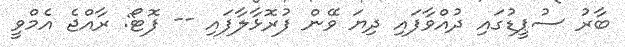
ބާރު ސުޕީޑުގައި ދުއްވާފައި ދިޔަ ވޭން ފުރޮޅާލާފައި -- ފޮޓޯ: ރާއްޖެ އެމްވީ